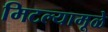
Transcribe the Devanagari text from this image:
मिटल्यामूळे